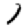
Digit: 1